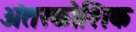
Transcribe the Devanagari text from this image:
अंतरकोशिक